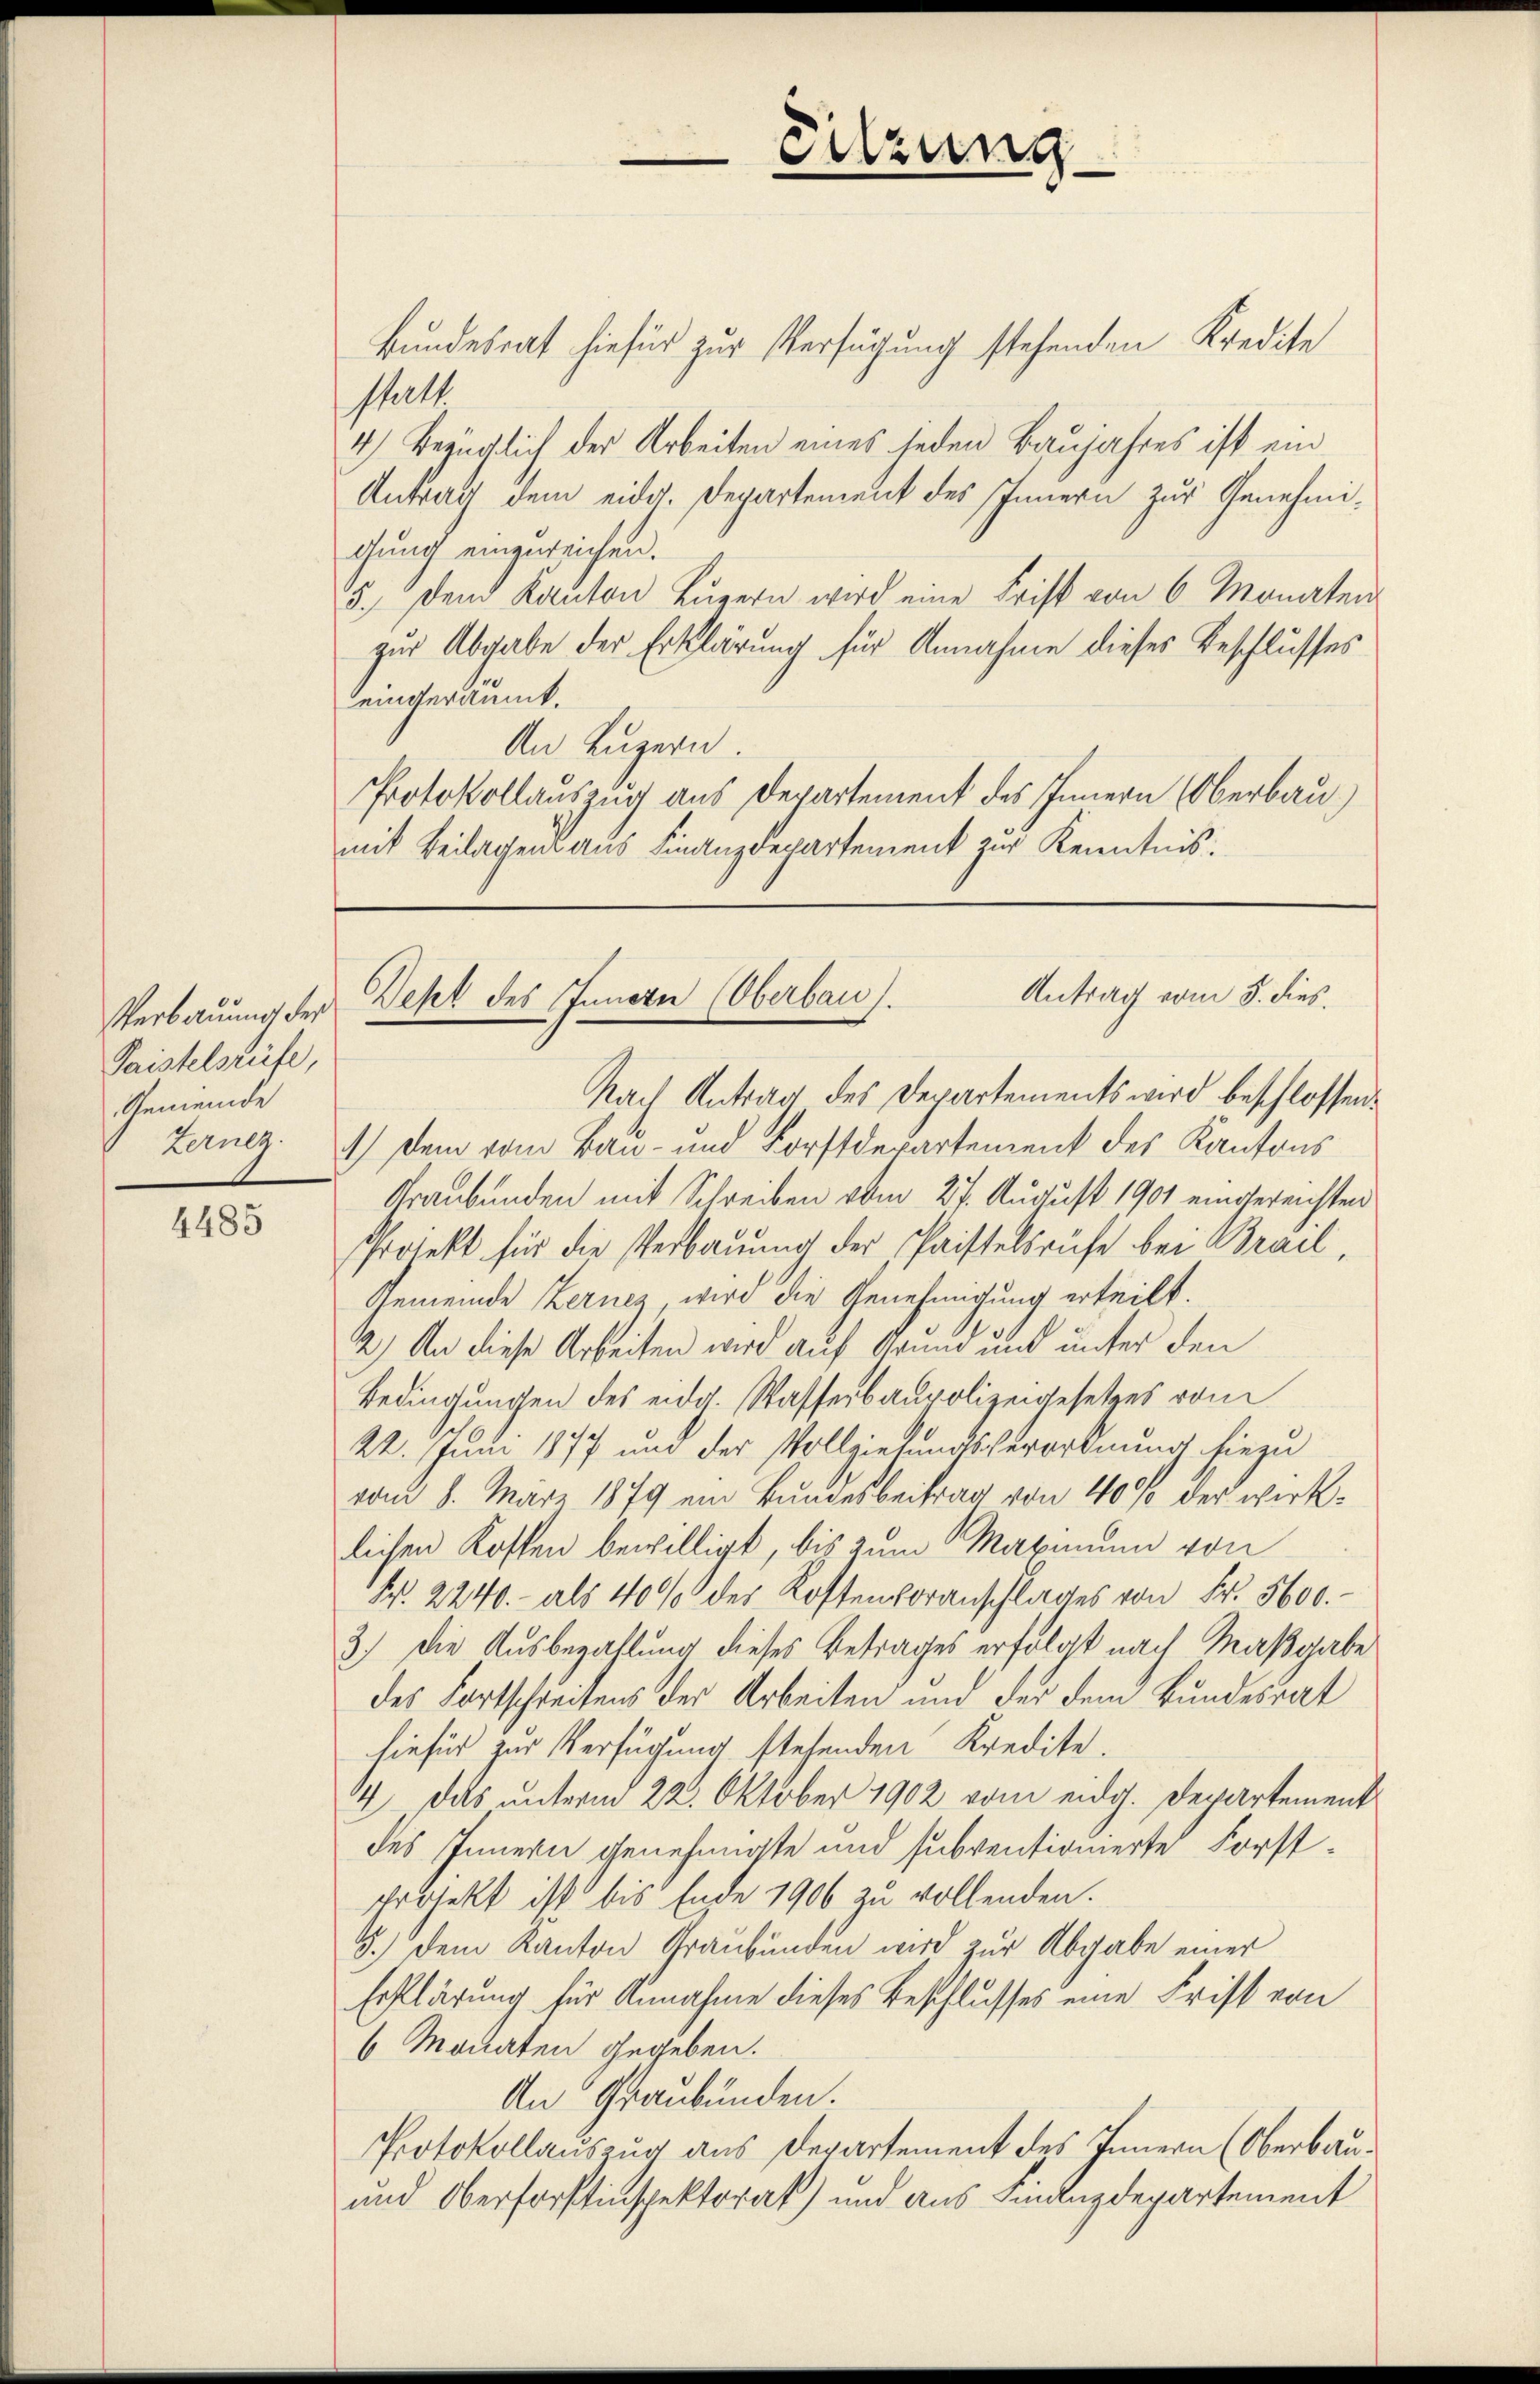
Paistelsrüfe,
Gemeinde
Zernez.

4485

Bundesrat hiefür zur Verfügung stehenden Kredite
statt.
4.) Bezüglich der Arbeiten eines jeden Baujahres ist ein
Antrag dem eidg. Departement des Innern zur Genehmigung einzureichen.
5. Den Kanton Luzern wird eine Frist von 6 Monaten
zur Abgabe der Erklärung für Annahme dieses Beschlusses
eingeräumt.
An Luzern.
Protokollauszug aus Departement des Innern Oberbau
mit Beilagen aus Finanzdepartement zur Kenntnis:

Sitzung

Antrag vom 5. dies
Verbauung der Zeht des Innern (Oberbau).

Nach Antrag des Departements wird beschlossen.
) Dem vom Bau- und Forstdepartement des Kantons
Graubünden mit Schreiben vom 27. August 1901 eingereichten
Projekt für die Verbauung der Paistelsrüfe bei Brail,
Gemeinde Zerner, wird die Genehmigung erteilt.
2) An diese Arbeiten wird auf Grund und unter den
Bedingungen des eidg. Wasserbaupolizeigesetzes vom
22. Juni 1877 und der Vollziehungsverordnung hiezu
vom 8. März 1879 ein Bundesbeitrag von 40% der wirklichen Kosten bewilligt, bis zum Maximum von
Nr. 2240.- als 40% der Kostenvoranschlages von Fr. 5600.
3.) Die Ausbezahlung dieses Betrages erfolgt nach Maßgabe
des Fortschreibens der Arbeiten und der dem Bundesrat
hiefür zur Verfügung stehenden Kredite.
4. Das unterm 22. Oktober 1902 vom eidg. Departement
des Innern genehmigte und subventionierte Forstprojekt ist bis Ende 1906 zu vollenden.
5.) Dem Kanton Graubünden wird zur Abgabe einer
Erklärung für Annahme dieses Beschlusses eine Frist von
6 Monaten gegeben.
An Graubünden.
Protokollauszug aus Departement des Innern (Oberbau¬
und Oberforstinspektorat) und aus Finanzdepartement